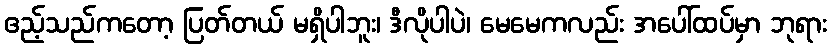
ဧည့်သည်ကတော့ ပြတ်တယ် မရှိပါဘူး၊ ဒီလိုပါပဲ၊ မေမေကလည်း အပေါ်ထပ်မှာ ဘုရား